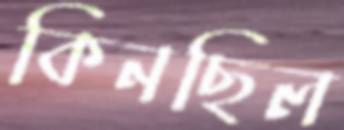
কিনছিল